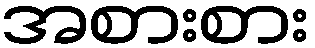
အစားစား